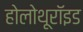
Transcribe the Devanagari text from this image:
होलोथूरॉइड